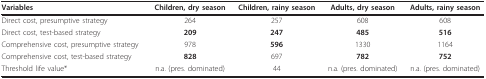
<table><thead><tr><td><b>Variables</b></td><td><b>Children, dry season</b></td><td><b>Children, rainy season</b></td><td><b>Adults, dry season</b></td><td><b>Adults, rainy season</b></td></tr></thead><tbody><tr><td>Direct cost, presumptive strategy</td><td>264</td><td>257</td><td>608</td><td>608</td></tr><tr><td>Direct cost, test-based strategy</td><td><b>209</b></td><td><b>247</b></td><td><b>485</b></td><td><b>516</b></td></tr><tr><td>Comprehensive cost, presumptive strategy</td><td>978</td><td><b>596</b></td><td>1330</td><td>1164</td></tr><tr><td>Comprehensive cost, test-based strategy</td><td><b>828</b></td><td>697</td><td><b>782</b></td><td><b>752</b></td></tr><tr><td>Threshold life value*</td><td>n.a. (pres. dominated)</td><td>44</td><td>n.a. (pres. dominated)</td><td>n.a. (pres. dominated)</td></tr></tbody></table>